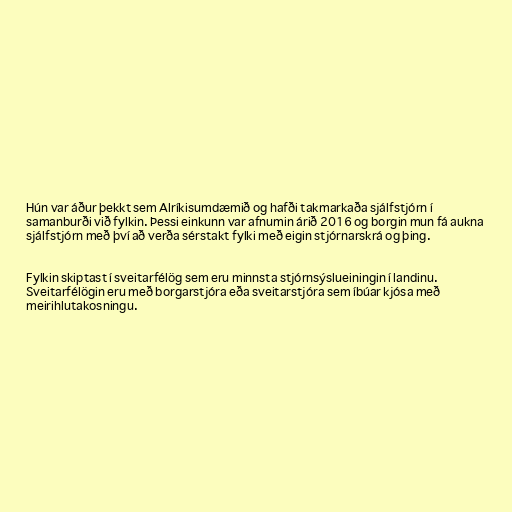
Hún var áður þekkt sem Alríkisumdæmið og hafði takmarkaða sjálfstjórn í
samanburði við fylkin. Þessi einkunn var afnumin árið 2016 og borgin mun fá aukna
sjálfstjórn með því að verða sérstakt fylki með eigin stjórnarskrá og þing.

Fylkin skiptast í sveitarfélög sem eru minnsta stjórnsýslueiningin í landinu.
Sveitarfélögin eru með borgarstjóra eða sveitarstjóra sem íbúar kjósa með
meirihlutakosningu.